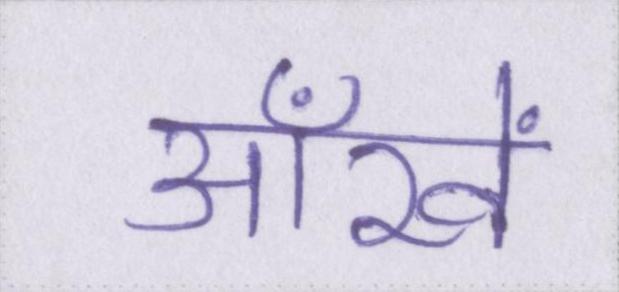
आँखें